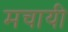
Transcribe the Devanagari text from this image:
मचायी